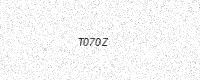
Text: T070Z